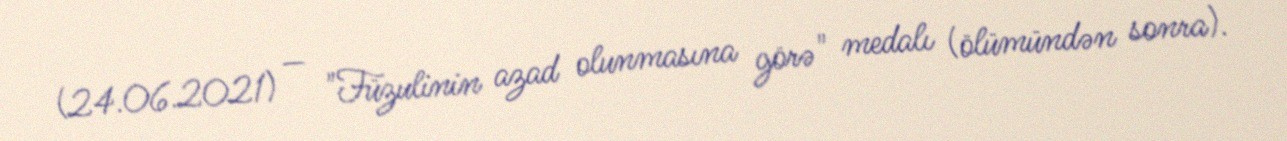
(24.06.2021) — "Füzulinin azad olunmasına görə" medalı (ölümündən sonra).